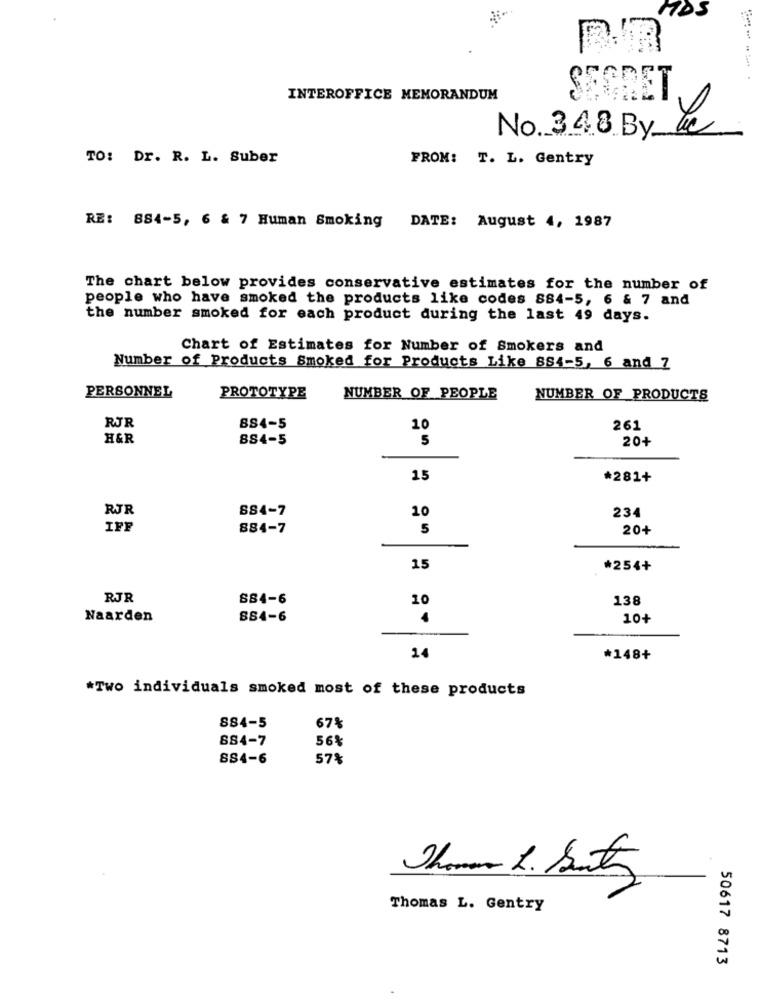
MDS
INTEROFFICE MEMORANDUM
No. 348 By ac
TO: Dr. R. L. Suber
FROM: T. L. Gentry
RE: 884-5, 6 & 7 Human Smoking DATE: August 4, 1987
The chart below provides conservative estimates for the number of
people who have smoked the products like codes 884-5, 6 & 7 and
the number smoked for each product during the last 49 days.
Chart of Estimates for Number of Smokers and
Number of Products Smoked for Products Like SS4-5, 6 and 7
PERSONNEL
PROTOTYPE
NUMBER OF PEOPLE
NUMBER OF PRODUCTS
RJR
884-5
10
261
H&R
8S4-5
5
20+
15
*281+
RJR
SS4-7
234
10
IFF
884-7
5
20+
15
*254+
RJR
SS4-6
10
138
Naarden
SS4-6
10+
14
*148+
*Two individuals smoked most of these products
SS4-5
67%
884-7
56%
SS4-6
57%
Thomas L. Gentry
50617 8713